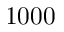
1 0 0 0